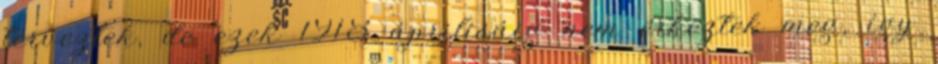
terveztek, de ezek 1918 áprilisáig nem érkeztek meg, így